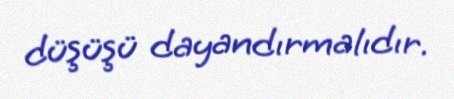
düşüşü dayandırmalıdır.